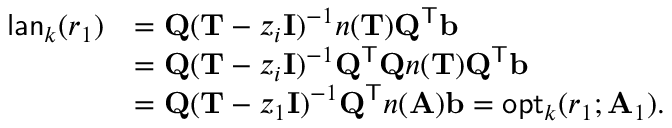
\begin{array} { r l } { \mathsf { l a n } _ { k } ( r _ { 1 } ) } & { = \mathbf { Q } ( \mathbf { T } - z _ { i } \mathbf { I } ) ^ { - 1 } n ( \mathbf { T } ) \mathbf { Q } ^ { \mathsf { T } } \mathbf { b } } \\ & { = \mathbf { Q } ( \mathbf { T } - z _ { i } \mathbf { I } ) ^ { - 1 } \mathbf { Q } ^ { \mathsf { T } } \mathbf { Q } n ( \mathbf { T } ) \mathbf { Q } ^ { \mathsf { T } } \mathbf { b } } \\ & { = \mathbf { Q } ( \mathbf { T } - z _ { 1 } \mathbf { I } ) ^ { - 1 } \mathbf { Q } ^ { \mathsf { T } } n ( \mathbf { A } ) \mathbf { b } = \mathsf { o p t } _ { k } ( r _ { 1 } ; \mathbf { A } _ { 1 } ) . } \end{array}